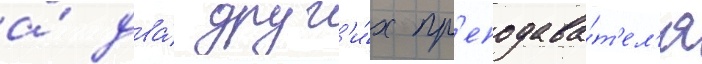
а́ два́ друг'и́х пр'еподава́т'ел'я